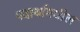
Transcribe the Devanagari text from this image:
पदार्थामधील